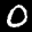
Label: 0